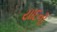
યાદની